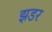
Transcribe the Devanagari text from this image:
झडर